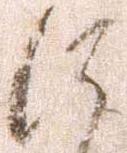
に